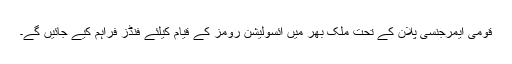
قومی ایمرجنسی پلان کے تحت ملک بھر میں آئسولیشن رومز کے قیام کیلئے فنڈز فراہم کیے جائیں گے۔